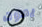
يموت